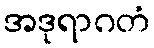
အဒုရာဂတံ